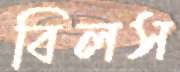
বিলস